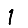
Digit: 1